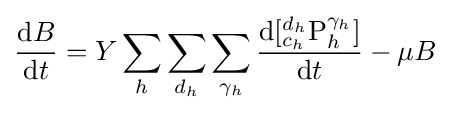
{\frac {{\mathrm {d} }B}{{\mathrm {d} }t}}=Y\sum _{h}\sum _{d_{h}}\sum _{\gamma _{h}}{\frac {{\mathrm {d} }[{^{d_{h}}_{c_{h}}}{\ce {P}}_{h}^{\gamma _{h}}]}{{\mathrm {d} }t}}-\mu B